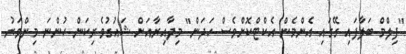
"ފިލްމް ބަލާފައި ގޭގައި އެންމެން އެކްޓްކޮށްވެސް ހަދަން" މިދާއިރާއަށް ޝައުގުވެރިކަން ހުންނަ މިންވަރު